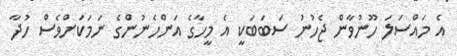
އެ މައްސަލަ ހޫނުވާން ޖެހުނު ސަބަބަކީ އެ މީހާގެ އަންހެނުންގެ ނަމަކަށްވެސް ހުދާ